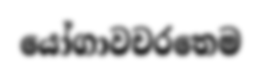
යෝගාවචරතෙම